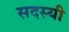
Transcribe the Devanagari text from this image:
सदस्यी